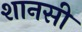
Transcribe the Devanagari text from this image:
शानसी